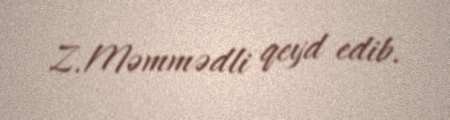
Z.Məmmədli qeyd edib.